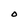
Character: O